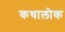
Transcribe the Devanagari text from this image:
कथालोक